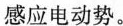
感应电动势。